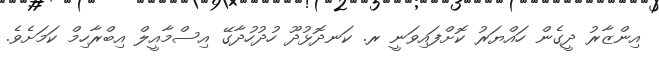
އިންޒާރު ދީގެން ހައްޔަރު ކޮށްފައިވަނީ ރ. ކަނދޮޅުދޫ ހުދުހުދާގޭ އިސްމާއީލް އިބްރާހިމް ކަމަށެވެ.